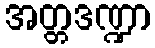
အတ္တဒဏ္ဍာ